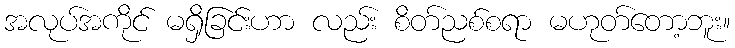
အလုပ်အကိုင် မရှိခြင်းဟာ လည်း စိတ်ညစ်စရာ မဟုတ်တော့ဘူး။